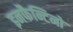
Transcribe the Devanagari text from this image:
इनफैन्टिनो